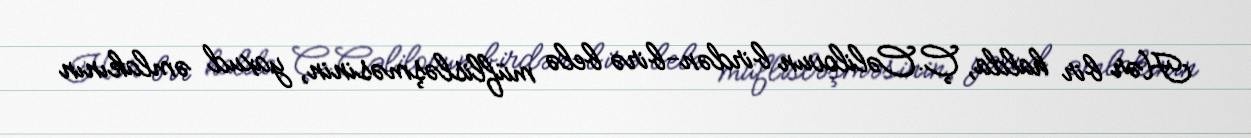
Hər bir halda, Ç.Cəlilovun birdən-birə belə müflisləşməsinin, yaxud əmlakının